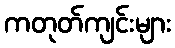
ကတုတ်ကျင်းများ